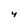
Character: y